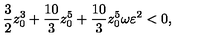
{ \frac { 3 } { 2 } } z _ { 0 } ^ { 3 } + { \frac { 1 0 } { 3 } } z _ { 0 } ^ { 5 } + { \frac { 1 0 } { 3 } } z _ { 0 } ^ { 5 } \omega \varepsilon ^ { 2 } < 0 ,